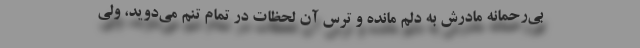
بی‌رحمانه مادرش به دلم مانده و ترس آن لحظات در تمام تنم می‌دوید، ولی